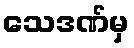
သေဒဏ်မှ